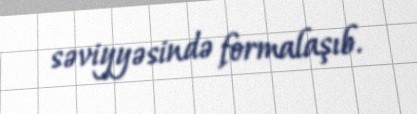
səviyyəsində formalaşıb.